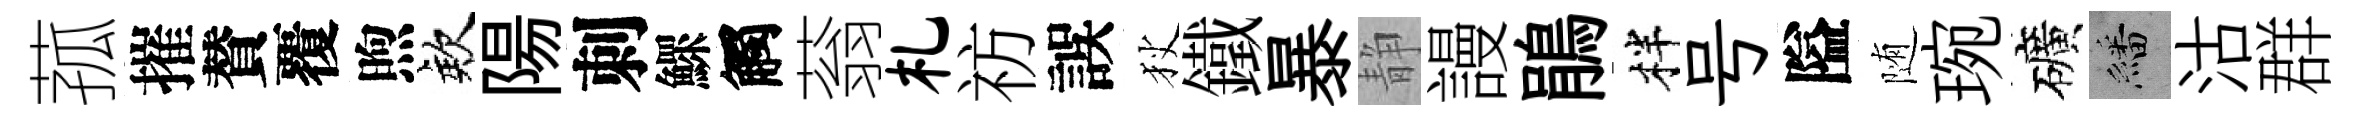
菰摧賛覆煦欸陽刺鰥觸蓊札祊誤狄鐵暴静謾鵑柈号隘随琬礦繙沽群